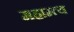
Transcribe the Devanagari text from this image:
महाम्त्य